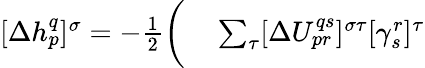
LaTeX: \begin{array}{rl}{[\Delta h_{p}^{q}]^{\sigma}=-\frac{1}{2}\bigg(}&{{}\sum_{\tau}[\Delta U_{pr}^{qs}]^{\sigma\tau}[\gamma_{s}^{r}]^{\tau}}\end{array}